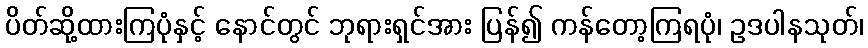
ပိတ်ဆို့ထားကြပုံနှင့် နောင်တွင် ဘုရားရှင်အား ပြန်၍ ကန်တော့ကြရပုံ၊ ဥဒပါနသုတ်၊